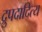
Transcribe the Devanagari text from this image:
द्रुपदादित्य